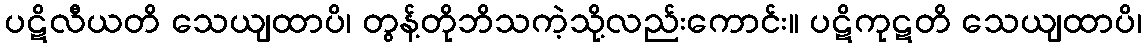
ပဋိလီယတိ သေယျထာပိ၊ တွန့်တိုဘိသကဲ့သို့လည်းကောင်း။ ပဋိကုဋတိ သေယျထာပိ၊